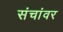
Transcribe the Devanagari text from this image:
संचांवर